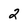
Character: 2